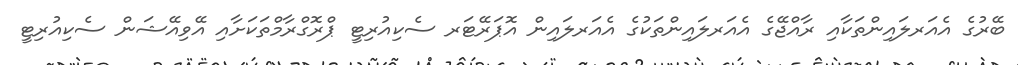
ބޭރުގެ އެއަރލައިންތަކާއި ރާއްޖޭގެ އެއަރލައިންތަކުގެ އެއަރލައިން އޮޕަރޭޓަރ ސެކިއުރިޓީ ޕްރޮގްރާމްތަކަށާއި އޭވިއޭޝަން ސެކިއުރިޓީ